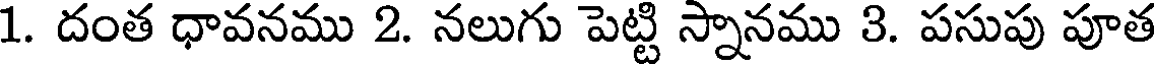
1. దంత ధావనము 2. నలుగు పెట్టి స్నానము 3. పసుపు పూత